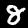
Digit: 8